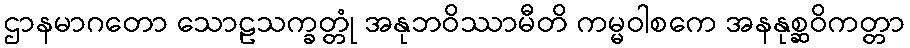
ဌာနမာဂတော သောဠသက္ခတ္တုံ အနုဘဝိဿာမီတိ ကမ္မဝါစကေ အနနုစ္ဆဝိကတ္တာ